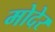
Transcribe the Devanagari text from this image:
मोदेर